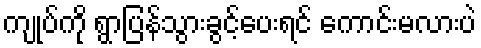
ကျုပ်ကို ရွာပြန်သွားခွင့်ပေးရင် ကောင်းမလားပဲ